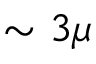
\sim 3 \mu